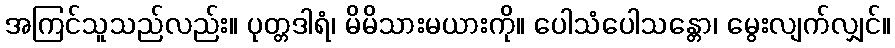
အကြင်သူသည်လည်း။ ပုတ္တဒါရံ၊ မိမိသားမယားကို။ ပေါသံပေါသန္တော၊ မွေးလျက်လျှင်။